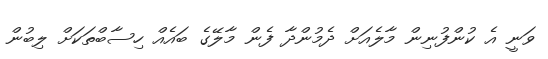
ވަނީ އެ ކުންފުނިން މާލެއަށް ދެމުންދާ ފެން މާލޭގެ ބައެއް ހިސާބްތަކަށް ލިބުން